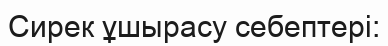
Сирек ұшырасу себептері: